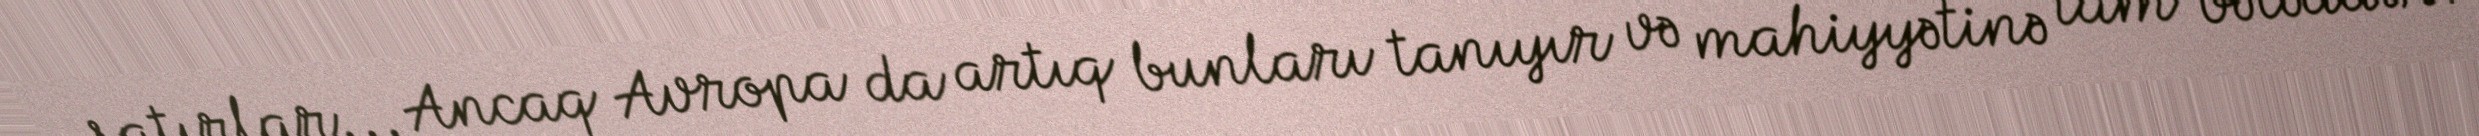
satırlar... Ancaq Avropa da artıq bunları tanıyır və mahiyyətinə tam bələddir.